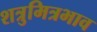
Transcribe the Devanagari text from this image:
शत्रुमित्रभाव